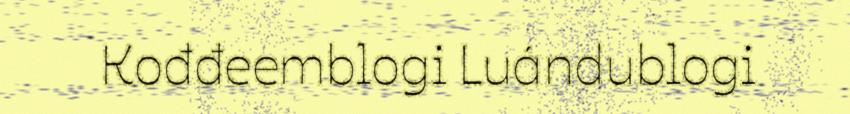
Kođđeemblogi Luándublogi